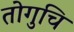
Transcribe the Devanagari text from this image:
तोगुचि